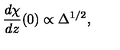
\frac { d \chi } { d z } ( 0 ) \propto \Delta ^ { 1 / 2 } ,